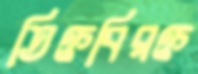
তিক্তবিরক্ত